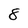
Character: 8